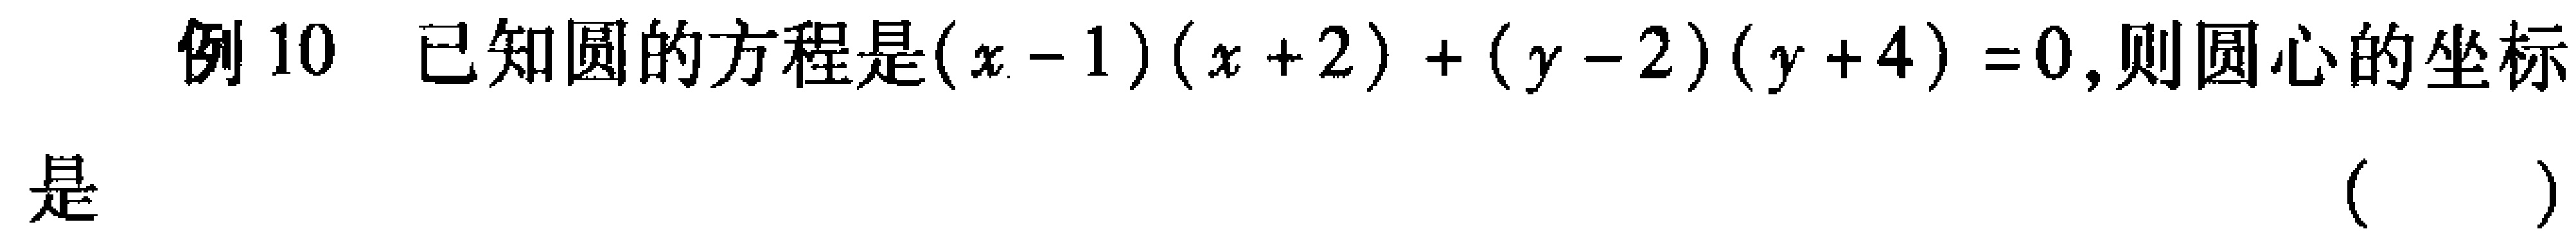
例10 已知圆的方程是\((x - 1)(x + 2)+(y - 2)(y + 4)=0\),则圆心的坐标
是 （  ）